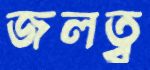
জলত্ব